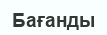
Бағанды